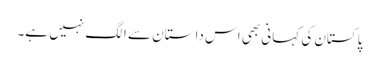
پاکستان کی کہانی بھی اس داستان سے الگ نہیں ہے۔